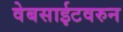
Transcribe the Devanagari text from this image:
वेबसाईटवरुन